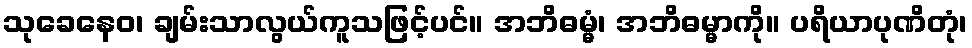
သုခေနေဝ၊ ချမ်းသာလွယ်ကူသဖြင့်ပင်။ အဘိဓမ္မံ၊ အဘိဓမ္မာကို။ ပရိယာပုဏိတုံ၊